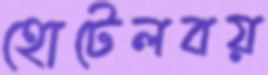
হোটেলবয়